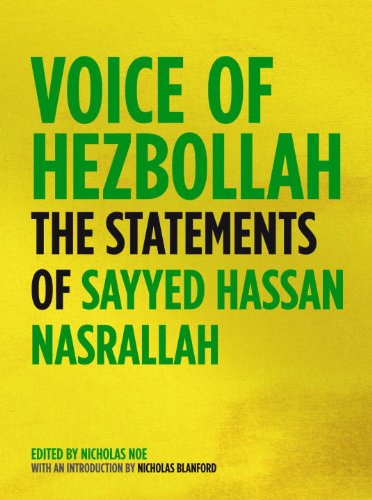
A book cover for Voice of Hezbollah: The Statements of Sayyed Hassan Nasrallah; Sayyed Hassan Nasrallah; History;